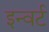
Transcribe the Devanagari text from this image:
इन्वर्ट